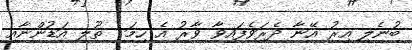
ބުނެލި އިރު އޭނާ ދެރަވެފައިވާ ވާރު އެ ހިމަ  ތޫލި އަޑުންނާއި